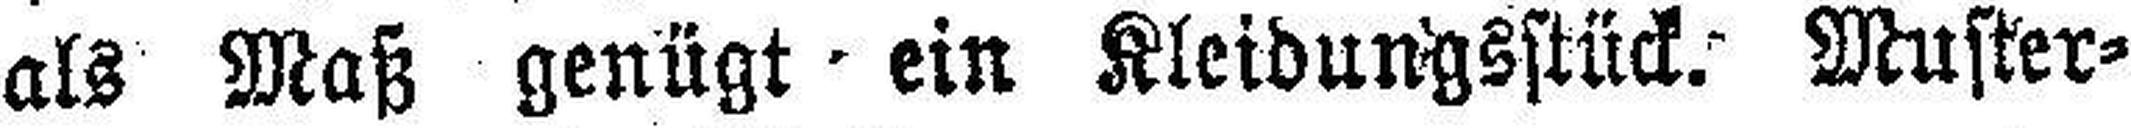
als Maß genügt ein Kleidungsstück. Muster¬